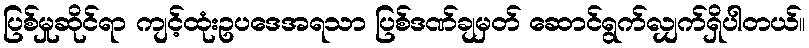
ပြစ်မှုဆိုင်ရာ ကျင့်ထုံးဥပဒေအရသာ ပြစ်ဒဏ်ချမှတ် ဆောင်ရွက်လျှက်ရှိပါတယ်။